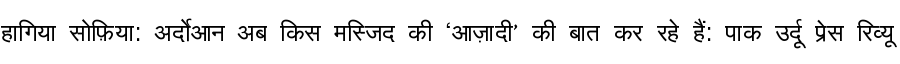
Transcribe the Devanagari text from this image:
हागिया सोफ़िया: अर्दोआन अब किस मस्जिद की ‘आज़ादी’ की बात कर रहे हैं: पाक उर्दू प्रेस रिव्यू